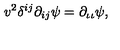
v ^ { 2 } \delta ^ { i j } \partial _ { i j } \psi = \partial _ { \iota \iota } \psi ,